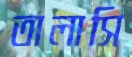
তালাসি